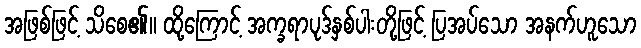
အဖြစ်ဖြင့် သိစေ၏။ ထို့ကြောင့် အက္ခရာပုဒ်နှစ်ပါးတို့ဖြင့် ပြအပ်သော အနက်ဟူသော